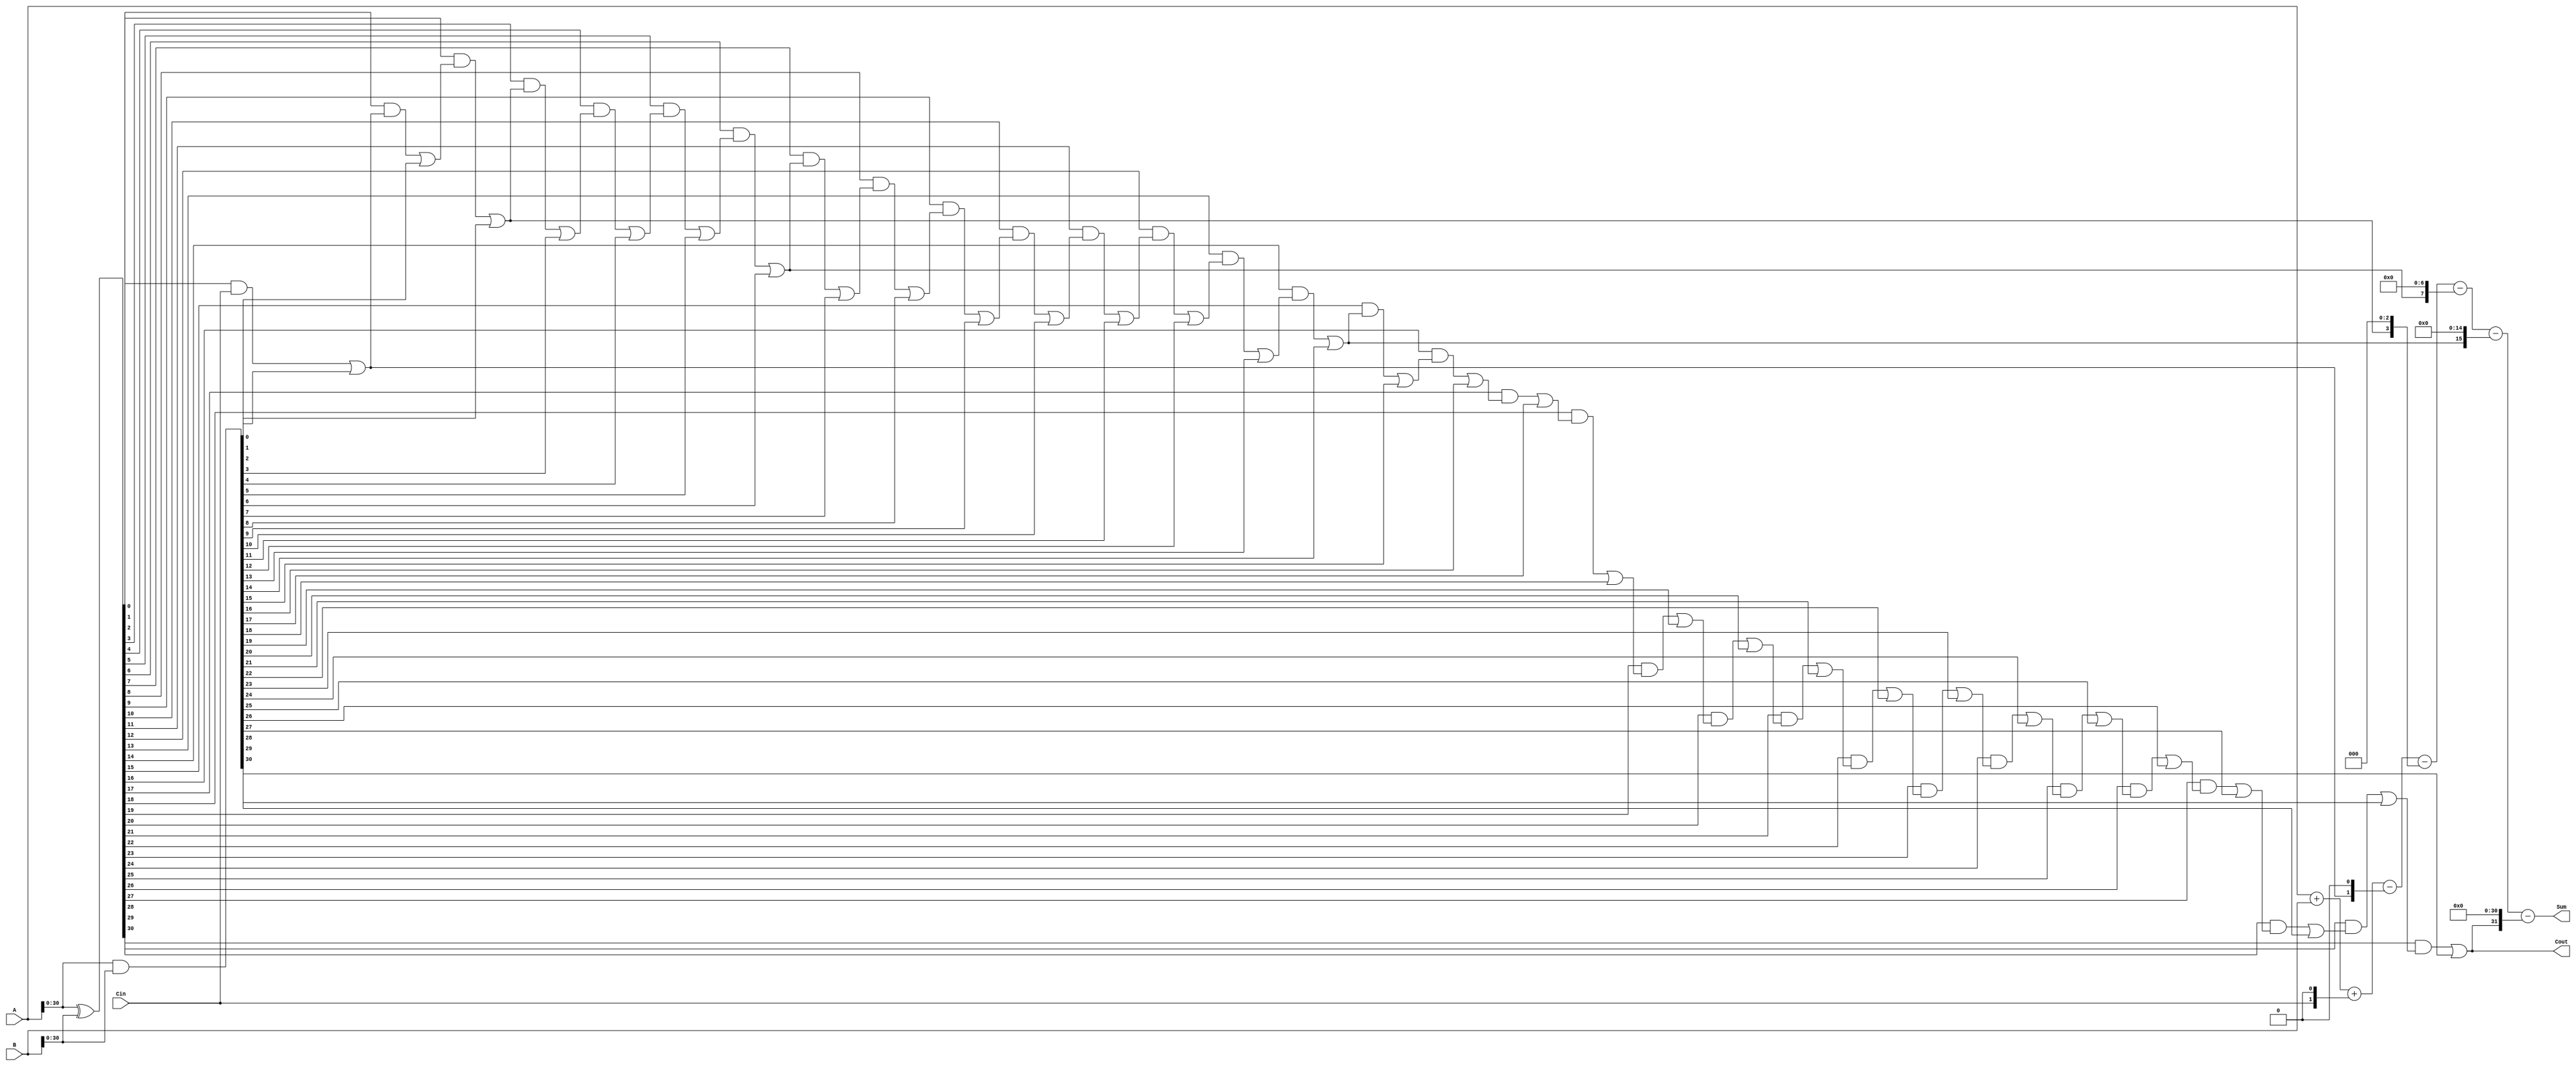
module Carry_Bypass_Adder (
  input [31:0] A,
  input [31:0] B,
  input Cin,
  output [31:0] Sum,
  output Cout
);

// Carry generation block
wire [31:0] P, G;

assign P = A ^ B;
assign G = A & B;

// Carry propagation block
wire [31:0] C_propagate;
wire C_propagate_carry;
wire C_skip [4:0];

assign C_propagate[0] = Cin;
genvar i;
generate
  for (i = 1; i < 32; i = i + 1) begin
    assign C_propagate[i] = (P[i-1] & C_propagate[i-1]) | (G[i-1]);
  end
endgenerate

// Carry skip logic
assign C_skip[0] = C_propagate[1];
assign C_skip[1] = C_propagate[3];
assign C_skip[2] = C_propagate[7];
assign C_skip[3] = C_propagate[15];
assign C_skip[4] = C_propagate[31];

// Sum calculation
assign Cout = C_propagate[31];
assign Sum = A + B + (Cin << 1) - (C_skip[0] << 1) - (C_skip[1] << 3) - (C_skip[2] << 7) - (C_skip[3] << 15) - (C_skip[4] << 31);

endmodule